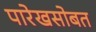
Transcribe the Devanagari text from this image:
पारेखसोबत